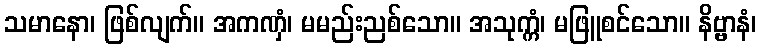
သမာနော၊ ဖြစ်လျက်။ အကဏှံ၊ မမည်းညစ်သော။ အသုက္ကံ၊ မဖြူစင်သော။ နိဗ္ဗာနံ၊